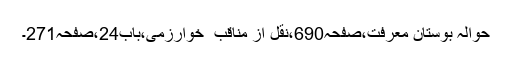
حوالہ بوستانِ معرفت،صفحہ690،نقل از مناقب ِ خوارزمی،باب24،صفحہ271۔